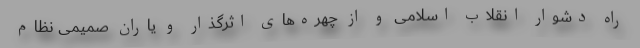
راه دشوار انقلاب اسلامی و از چهره‌های اثرگذار و یاران صمیمی نظام